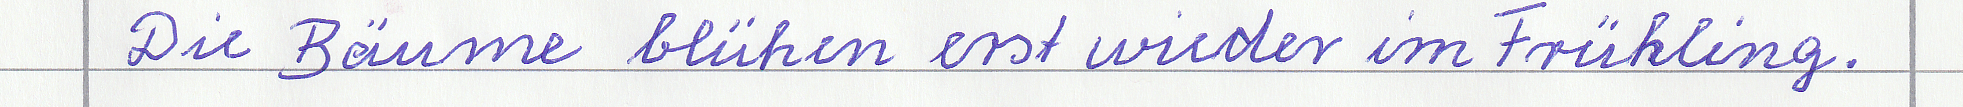
Die Bäume blühen erst wieder im Frühling.